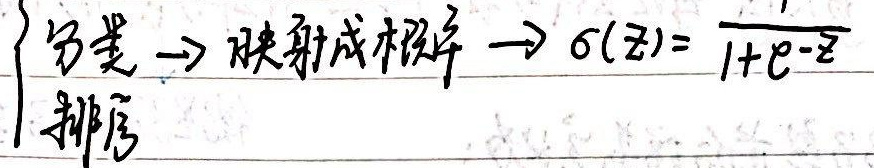
分类 $\to$ 映射成概率 $\to \sigma(z)=\frac{1}{1 + e^{-z}}$
排序